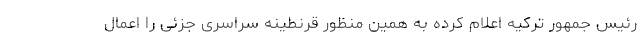
رئیس جمهور ترکیه اعلام کرده به همین منظور قرنطینه سراسری جزئی را اعمال